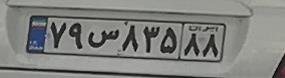
۷۹س۸۳۵۸۸